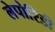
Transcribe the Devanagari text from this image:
लेपोरिडी